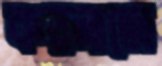
কয়নাতো